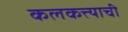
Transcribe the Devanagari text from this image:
कलकत्त्याची